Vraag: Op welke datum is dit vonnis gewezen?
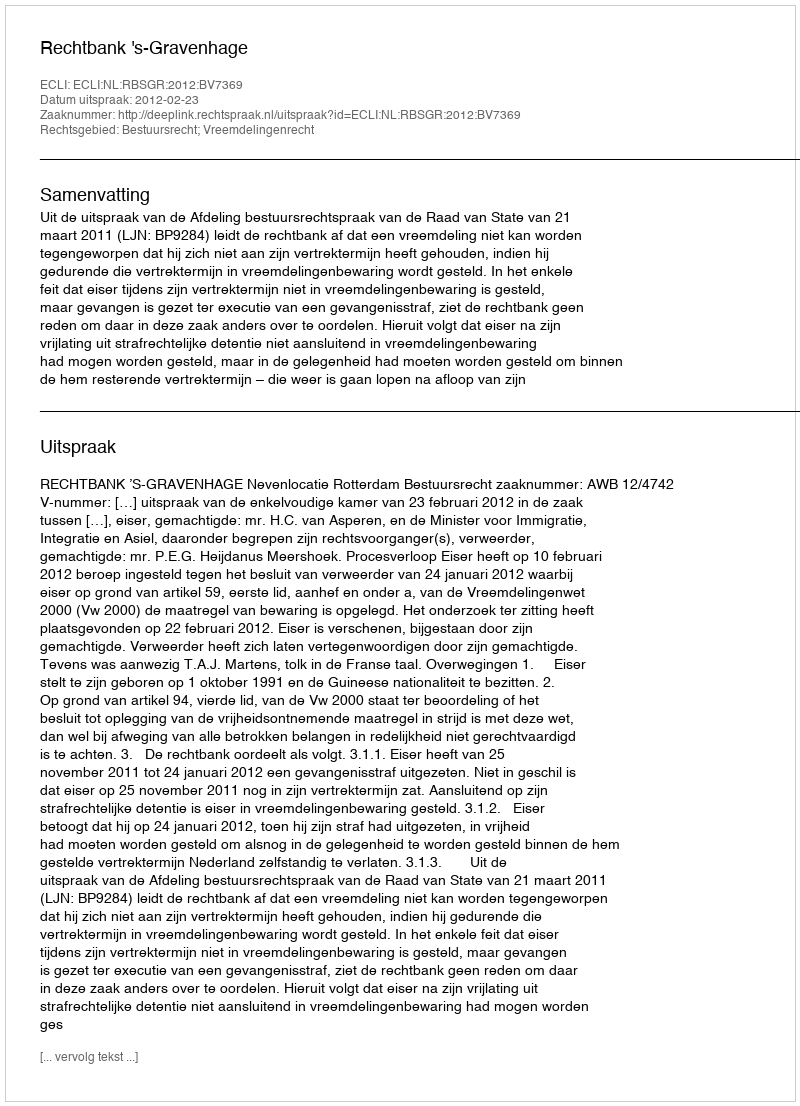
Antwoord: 2012-02-23